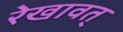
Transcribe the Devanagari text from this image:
रेखावत्‌